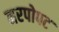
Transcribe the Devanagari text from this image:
नरपोपट